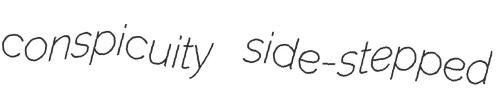
conspicuity side-stepped